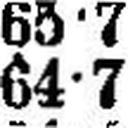
64•7